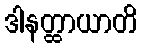
ဒါနတ္ထာယာတိ